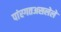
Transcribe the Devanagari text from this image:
पांरगतअसलेले